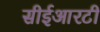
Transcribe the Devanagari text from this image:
सीईआरटी